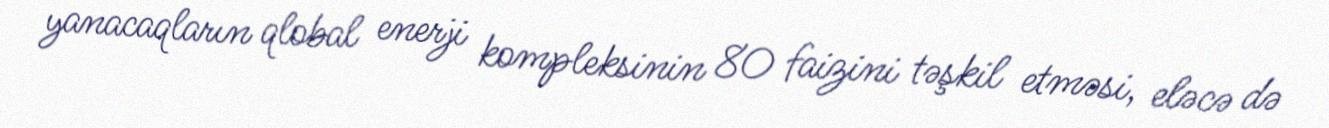
yanacaqların qlobal enerji kompleksinin 80 faizini təşkil etməsi, eləcə də